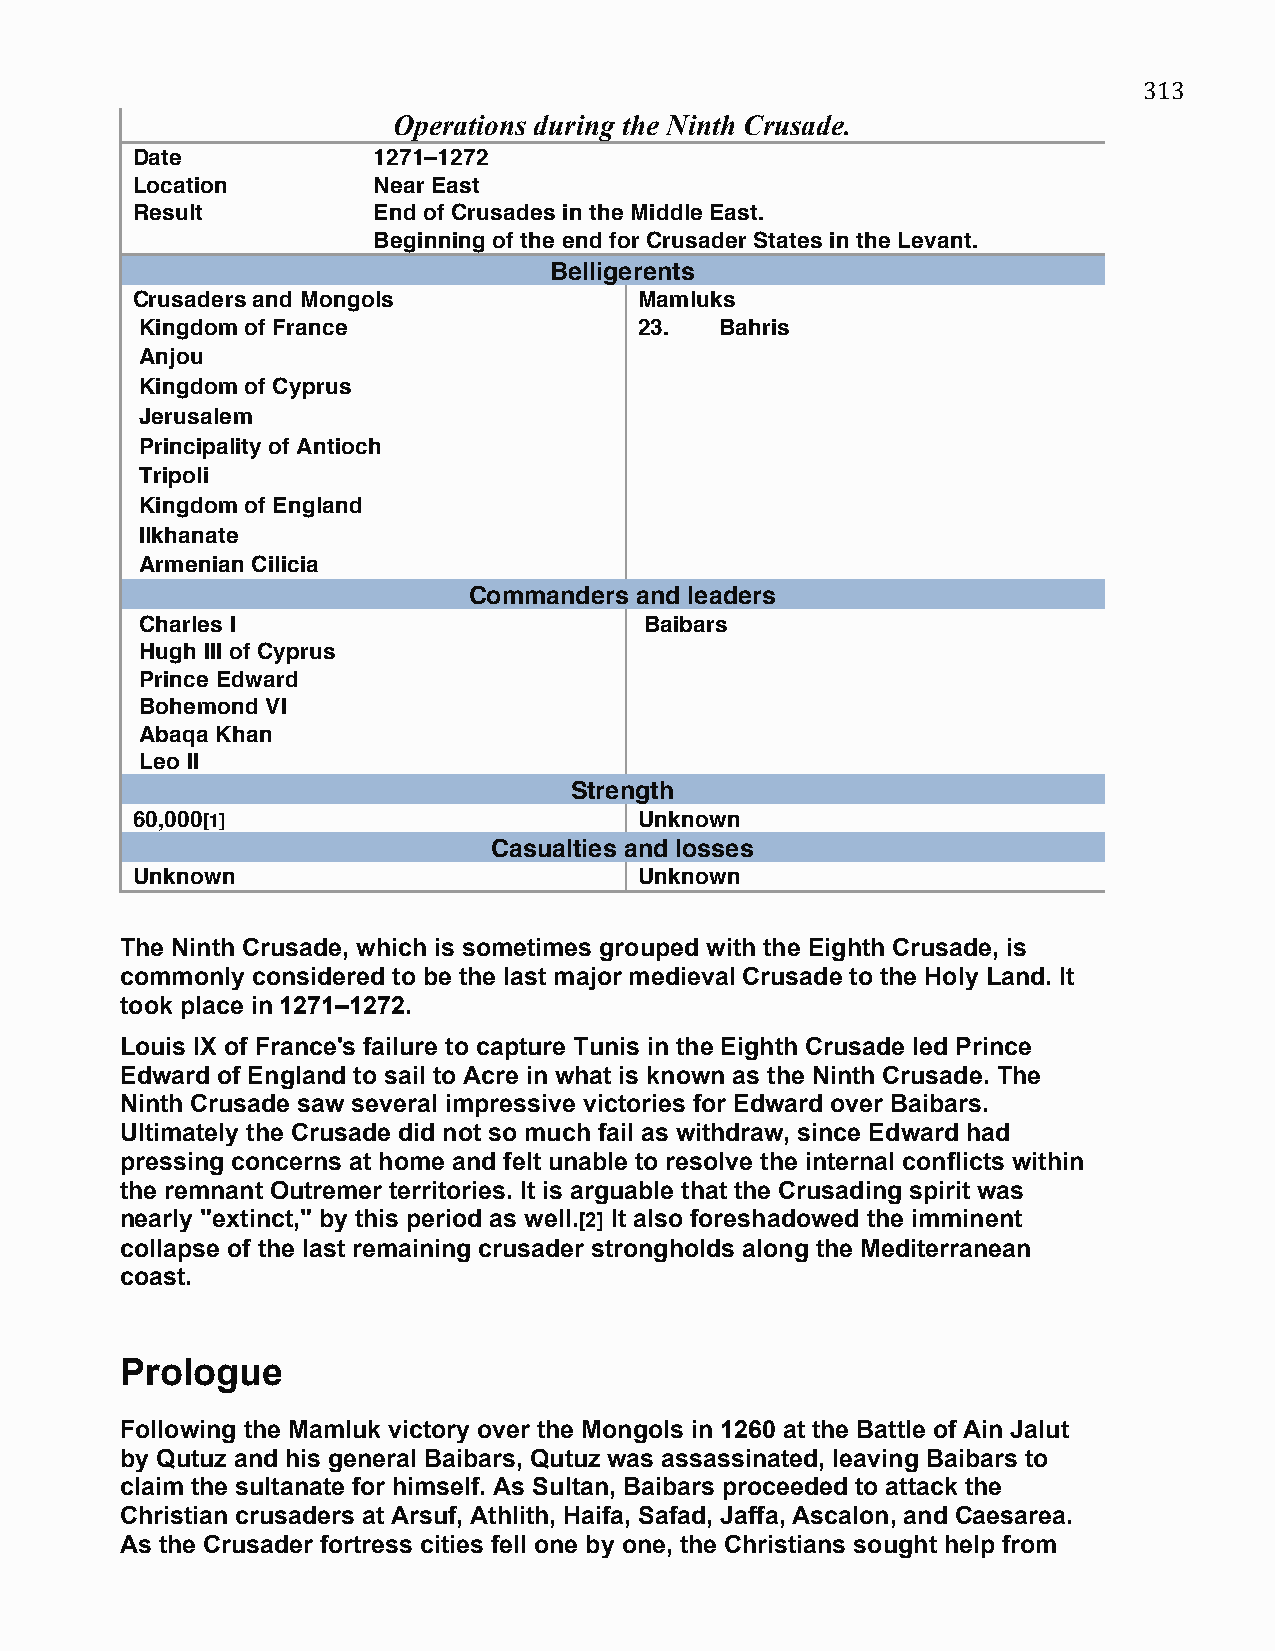
313
 Operations during the Ninth Crusade.
 Date            1271–1272
 Location        Near East
 Result          End of Crusades in the Middle East.
 Beginning of the end for Crusader States in the Levant.
 Belligerents
 Crusaders and Mongols            Mamluks
 Kingdom of France                23.   Bahris
 Anjou
 Kingdom of Cyprus
 Jerusalem
 Principality of Antioch
 Tripoli
 Kingdom of England
 Ilkhanate
 Armenian Cilicia
 Commanders and leaders
 Charles I                         Baibars
 Hugh III of Cyprus
 Prince Edward
 Bohemond VI
 Abaqa Khan
 Leo II
 Strength
 60,000[1]                        Unknown
 Casualties and losses
 Unknown                          Unknown
 The Ninth Crusade, which is sometimes grouped with the Eighth Crusade, is
 commonly considered to be the last major medieval Crusade to the Holy Land. It
 took place in 1271–1272.
 Louis IX of France's failure to capture Tunis in the Eighth Crusade led Prince
 Edward of England to sail to Acre in what is known as the Ninth Crusade. The
 Ninth Crusade saw several impressive victories for Edward over Baibars.
 Ultimately the Crusade did not so much fail as withdraw, since Edward had
 pressing concerns at home and felt unable to resolve the internal conflicts within
 the remnant Outremer territories. It is arguable that the Crusading spirit was
 nearly "extinct," by this period as well.[2] It also foreshadowed the imminent
 collapse of the last remaining crusader strongholds along the Mediterranean
 coast.
 Prologue
 Following the Mamluk victory over the Mongols in 1260 at the Battle of Ain Jalut
 by Qutuz and his general Baibars, Qutuz was assassinated, leaving Baibars to
 claim the sultanate for himself. As Sultan, Baibars proceeded to attack the
 Christian crusaders at Arsuf, Athlith, Haifa, Safad, Jaffa, Ascalon, and Caesarea.
 As the Crusader fortress cities fell one by one, the Christians sought help from